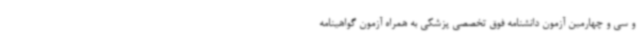
و سی و چهارمین آزمون دانشنامه فوق تخصصی پزشکی به همراه آزمون گواهینامه